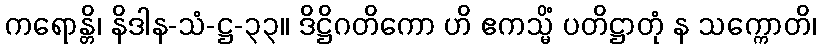
ကရောန္တိ၊ နိဒါန-သံ-ဋ္ဌ-၃၃။ ဒိဋ္ဌိဂတိကော ဟိ ဧကသ္မိံ ပတိဋ္ဌာတုံ န သက္ကောတိ၊